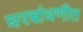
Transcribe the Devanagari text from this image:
घरबांधणीत